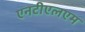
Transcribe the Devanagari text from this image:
एनटीएलएम